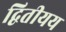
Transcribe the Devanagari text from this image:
द्वितीयय